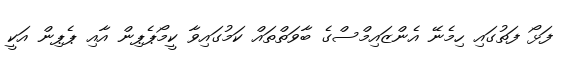
ފަޅޯ ފަތުގައި ހިމެނޭ އެންޒައިމްސްގެ ބާވަތްތައް ކަމުގައިވާ ކީމޯޕެޕިން އާއި ޕެޕިން އަކީ